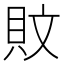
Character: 𰶹